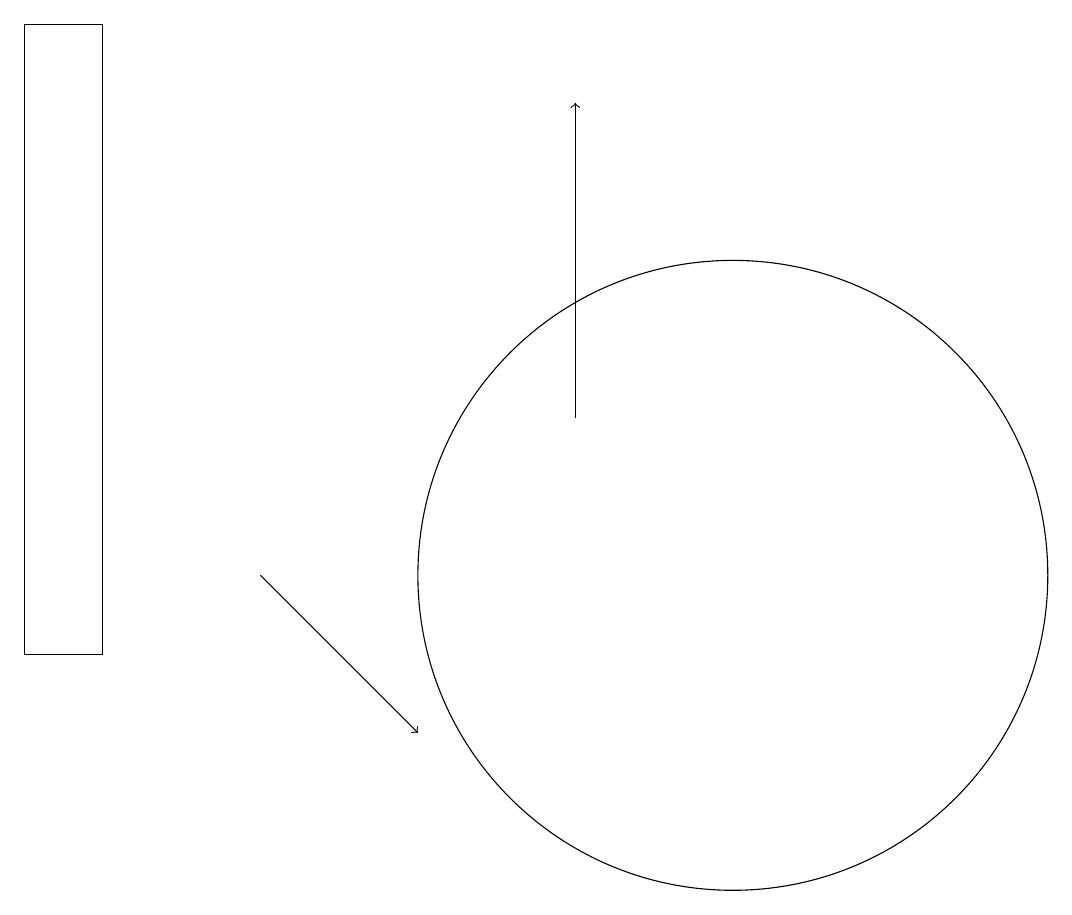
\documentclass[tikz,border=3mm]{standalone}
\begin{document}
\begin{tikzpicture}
\draw[->] (9,14) -- (9,18);
\draw (2,19) rectangle (3,11);
\draw[->] (5,12) -- (7,10);
\draw (11,12) circle (4);
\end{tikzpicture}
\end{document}